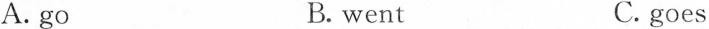
A. goB. wentC. goes